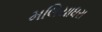
મલિયાધરા